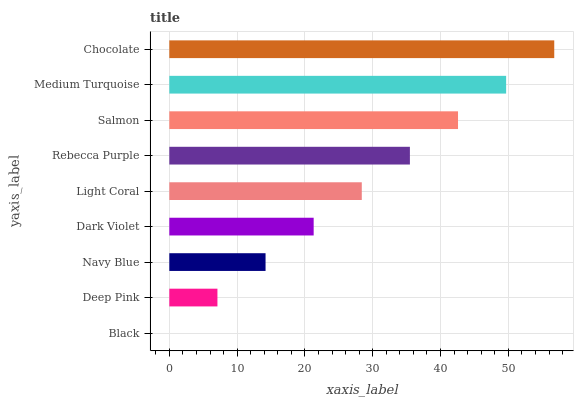
| yaxis_label | bars |
 | --- | --- |
 | Black | 0 |
 | Deep Pink | 7.1 |
 | Navy Blue | 14.2 |
 | Dark Violet | 21.3 |
 | Light Coral | 28.4 |
 | Rebecca Purple | 35.5 |
 | Salmon | 42.6 |
 | Medium Turquoise | 49.7 |
 | Chocolate | 56.8 |